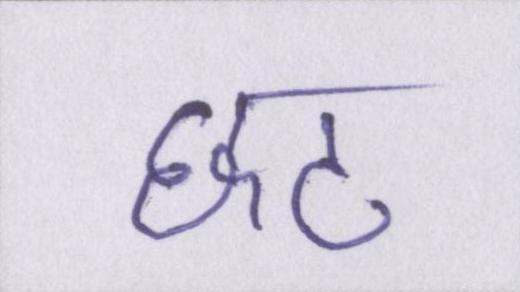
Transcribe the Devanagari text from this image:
छठ